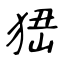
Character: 峱